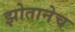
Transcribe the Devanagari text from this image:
झोतानेच